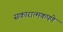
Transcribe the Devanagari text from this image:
सकारात्मकपणे